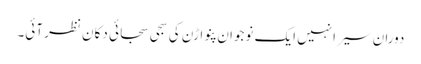
دوران سیر انہیں ایک نوجوان پنواڑن کی سجی سجائی دکان نظر آئی۔